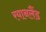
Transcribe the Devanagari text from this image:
रयानलैंड